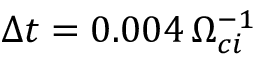
\Delta t = 0 . 0 0 4 \, \Omega _ { c i } ^ { - 1 }